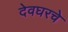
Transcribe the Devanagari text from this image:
देवघरचे